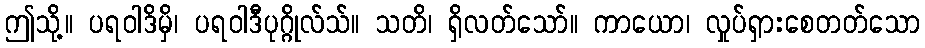
ဤသို့။ ပရဝါဒိမှိ၊ ပရဝါဒီပုဂ္ဂိုလ်သ်။ သတိ၊ ရှိလတ်သော်။ ကာယော၊ လှုပ်ရှားစေတတ်သော